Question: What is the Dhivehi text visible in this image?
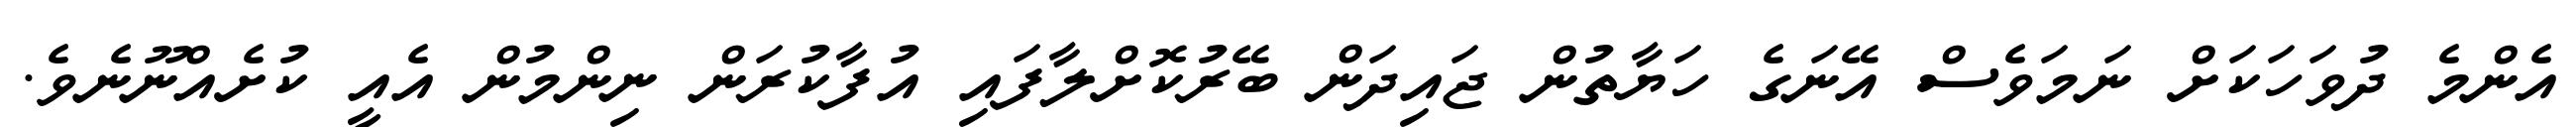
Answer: އެންމެ ދުވަހަކަށް ނަމަވެސް އޭނަގެ ހަޔާތުން ޖައިދަން ބޭރުކޮށްލާފައި އުފާކުރަން ނިންމުން އެއީ ކުށެއްނޫނެވެ.